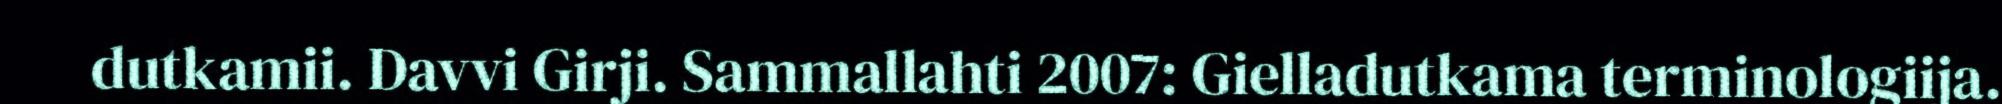
dutkamii. Davvi Girji. Sammallahti 2007: Gielladutkama terminologiija.